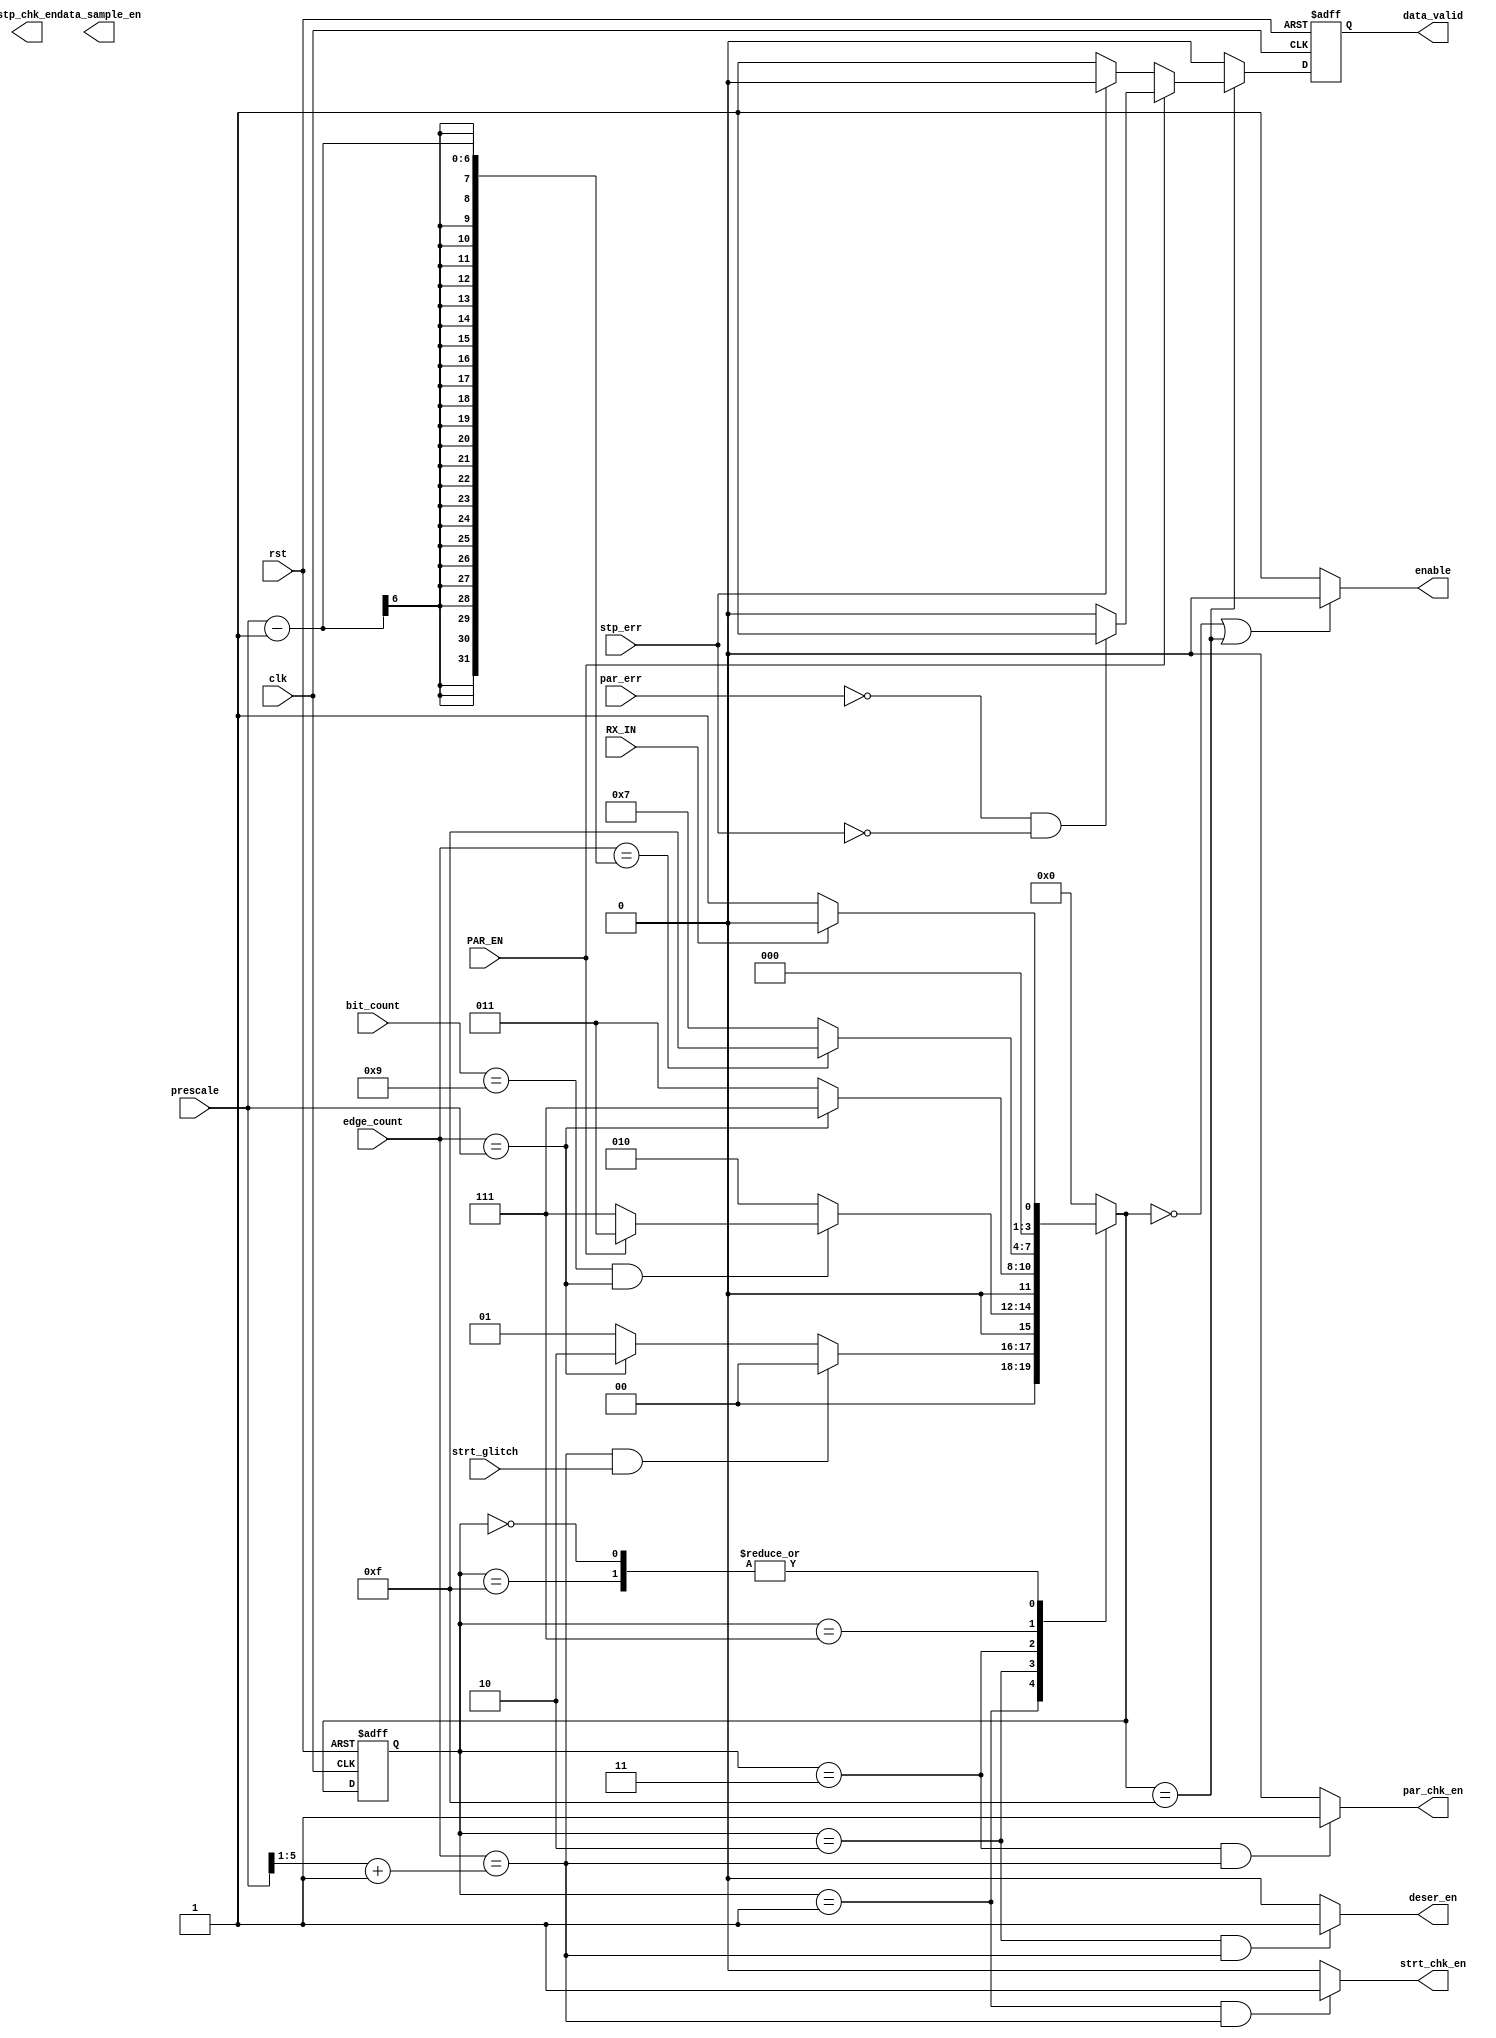
module FSM_RX (

input	wire			clk,
input	wire			rst,
input	wire	[5:0]		prescale,
input	wire			PAR_EN,
input	wire			RX_IN,
input	wire	[5:0]		edge_count,	
input	wire	[3:0]		bit_count,
input	wire			stp_err,
input	wire			strt_glitch,
input	wire			par_err,
output	wire			data_sample_en,
output	wire			enable,
output	wire			deser_en,
output	reg				data_valid,
output	wire			stp_chk_en,
output	wire			strt_chk_en,
output	wire			par_chk_en


);

reg		[3:0]	current_state;
reg		[3:0]	next_state;
reg				data_valid_comb;

localparam IDLE   = 4'b0000;
localparam start  = 4'b0001;
localparam S_Data = 4'b0010;
localparam parity = 4'b0011;
localparam stop   = 4'b0111;
localparam another_frame = 4'b1111;


always @(posedge clk or negedge rst) begin
    if(!rst) begin
        current_state <= IDLE;
    end
    else begin
        current_state <= next_state ;
    end
end

always@(*) begin
    case(current_state)
    IDLE: begin
        if (RX_IN) begin
            next_state = IDLE ;
        end
        else begin
            next_state = start;
        end
    end

    start: begin
                if(edge_count ==  ((prescale >> 1) + 'd1) && strt_glitch)
                    begin
                            next_state = IDLE;
							end
                        else if (edge_count == prescale) begin
                            next_state = S_Data;
                    end
                else
                    begin   
                       next_state = start;
                    end                    
            end

    S_Data:  begin
                if( (bit_count == 9) && edge_count == prescale ) // Wait until the whole 8 data bits are sampled and their clock cycles have passed
                    begin
                        if(PAR_EN) begin
                            next_state = parity;
                        end
						else begin
                            next_state = stop;
                   end
				   end
                else
                    begin
                        next_state = S_Data;
                    end
            end

    parity:  begin
                if(edge_count == prescale)
                    begin
                        next_state = stop;
                    end
                else
                    begin
                        next_state = parity;
                    end
            end

    stop: 
	begin
                if(edge_count == (prescale - 'd1) )
                    begin
                        next_state = another_frame;
                    end
                else
                    begin
                        next_state = stop;
                    end
            end


    another_frame: begin
        if(!RX_IN) begin
            next_state = start;
        end
        else begin
            next_state = IDLE ;
        end
    end
	

    default :
    begin
    next_state = IDLE ;
    end

    endcase

end

always@(*)
begin

if (next_state == another_frame)
	begin
	
	if(PAR_EN)
		begin
		if(!par_err && !stp_err )
			begin
			data_valid_comb = 'd1;
				end
				else 
				begin
				data_valid_comb = 'd0;
					end
			end
	else
		begin
	if(!stp_err )
			begin
			data_valid_comb = 'd1;
				end
				else 
				begin
				data_valid_comb = 'd0;
					end
			end
	
		end
		else
		begin
		data_valid_comb = 'd0;
		end

end

assign enable = ((next_state == IDLE) || (next_state == another_frame)) ? 'd0: 'd1;

assign deser_en = ((current_state == S_Data) && (edge_count == (prescale >> 'd1 ) + 'd1 )) ? 1'b1 : 1'b0;

assign strt_chk_en = ((current_state == start) && (edge_count == (prescale >> 'd1 ) + 'd1 )) ? 1'b1 : 1'b0;

assign par_chk_en = ((current_state == parity) && (edge_count == (prescale >> 'd1 ) + 'd1 )) ? 1'b1 : 1'b0;

assign stop_check_en = ((current_state == stop) && (edge_count == (prescale >> 'd1 ) + 'd1 )) ? 1'b1 : 1'b0;


 always @(posedge clk or negedge rst)
    begin
        if (!rst)
        begin
            data_valid <= 1'b0;
        end
        else
        begin
            data_valid <= data_valid_comb;
        end
    end


endmodule